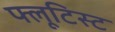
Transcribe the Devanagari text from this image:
फ्लूटिस्ट